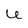
Character: U